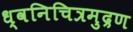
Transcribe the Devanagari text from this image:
ध्वनिचित्रमुद्रण